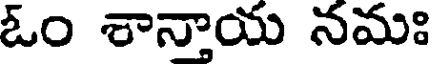
ఓం శాన్తాయ నమః